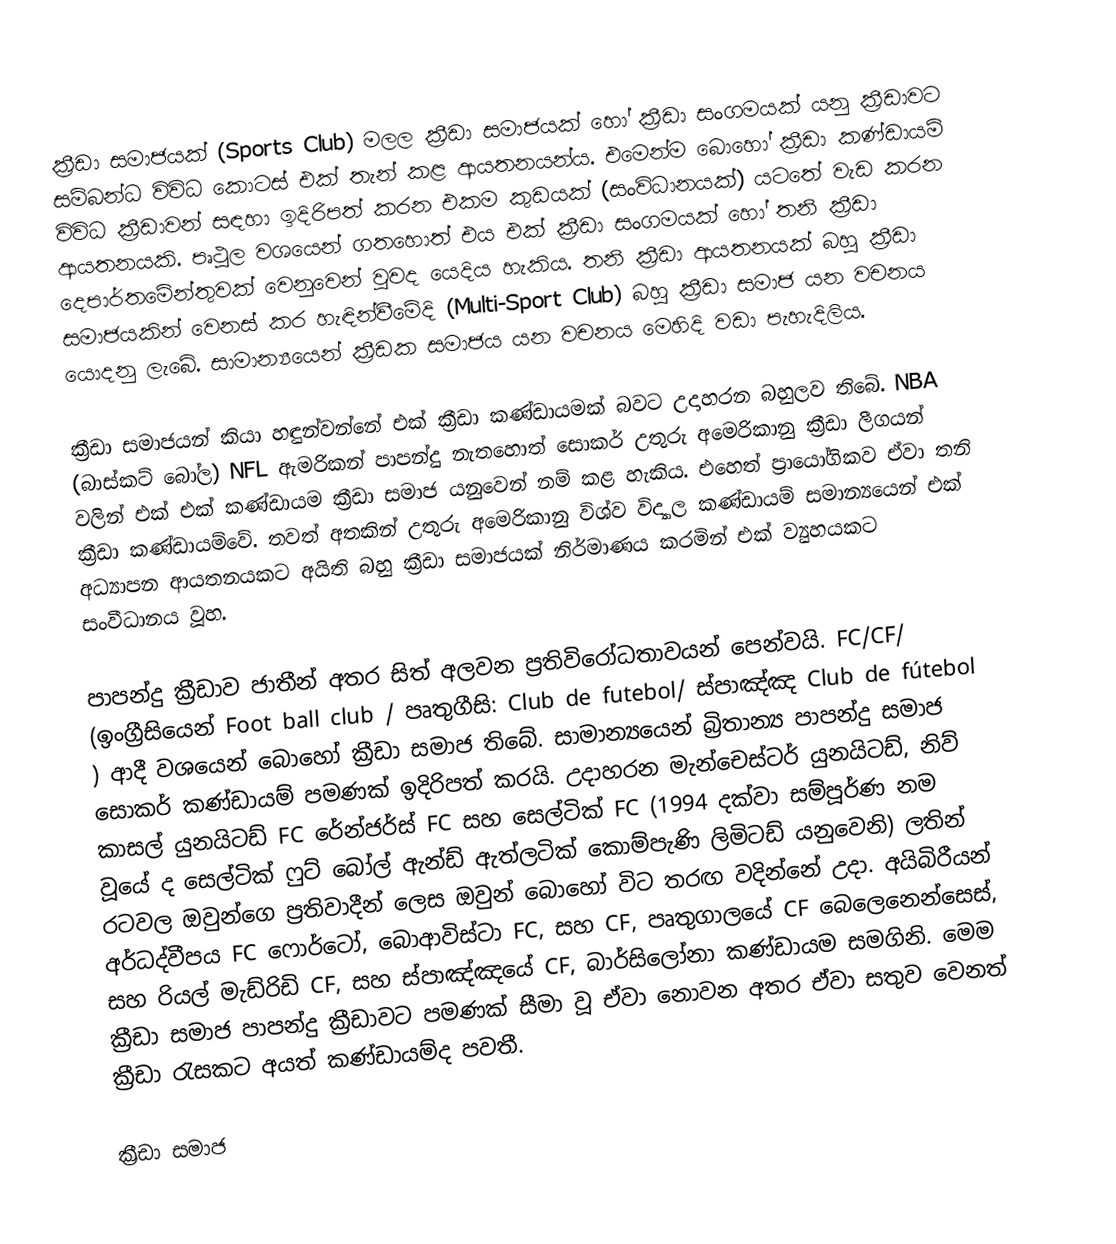
ක්‍රීඩා සමාජයක් (Sports Club) මලල ක්‍රීඩා සමාජයක් හෝ ක්‍රීඩා සංගමයක් යනු ක්‍රීඩාවට සම්බන්ධ විවිධ කොටස් එක් තැන් කළ ආයතනයන්ය. එමෙන්ම බොහෝ ක්‍රීඩා කණ්ඩායම් විවිධ ක්‍රීඩාවන් සඳහා ඉදිරිපත් කරන එකම කුඩයක් (සංවිධානයක්) යටතේ වැඩ කරන ආයතනයකි. පෘථුල වශයෙන් ගතහොත් එය එක් ක්‍රීඩා සංගමයක් හෝ තනි ක්‍රීඩා දෙපාර්තමේන්තුවක් වෙනුවෙන් වුවද යෙදිය හැකිය. තනි ක්‍රීඩා ආයතනයක් බහු ක්‍රීඩා සමාජයකින් වෙනස් කර හැඳින්වීමේදි (Multi-Sport Club) බහු ක්‍රීඩා සමාජ යන වචනය යොදනු ලැබේ. සාමාන්‍යයෙන් ක්‍රීඩක සමාජය යන වචනය මෙහිදි වඩා පැහැදිලිය.

ක්‍රීඩා සමාජයන් කියා හඳුන්වන්නේ එක් ක්‍රීඩා කණ්ඩායමක් බවට උදාහරන බහුලව තිබේ. NBA (බාස්කට් බෝල) NFL ඇමරිකන් පාපන්දු නැතහොත් සොකර් උතුරු අමෙරිකානු ක්‍රීඩා ලීගයන් වලින් එක් එක් කණ්ඩායම ක්‍රීඩා සමාජ යනුවෙන් නම් කළ හැකිය. එහෙත් ප්‍රායෝගිකව ඒවා තනි ක්‍රීඩා කණ්ඩායම්වේ. තවත් අතකින් උතුරු අමෙරිකානු විශ්ව විද්‍යාල කණ්ඩායම් සමාන්‍යයෙන් එක් අධ්‍යාපන ආයතනයකට අයිති බහු ක්‍රීඩා සමාජයක් නිර්මාණය කරමින් එක් ව්‍යුහයකට සංවීධානය වූහ.

පාපන්දු ක්‍රීඩාව ජාතීන් අතර  සිත් අලවන ප්‍රතිවිරෝධතාවයන් පෙන්වයි. FC/CF/ (ඉංග්‍රීසියෙන්  Foot ball club / පෘතුගීසි: Club de futebol/ ස්පාඤ්ඤ Club de fútebol ) ආදී වශයෙන් බොහෝ ක්‍රීඩා සමාජ තිබේ. සාමාන්‍යයෙන් බ්‍රිතාන්‍ය පාපන්දු සමාජ සොකර් කණ්ඩායම් පමණක් ඉදිරිපත් කරයි. උදාහරන මැන්චෙස්ටර් යුනයිටඩ්, නිව් කාසල් යුනයිටඩ් FC රේන්ජර්ස් FC සහ සෙල්ටික් FC (1994 දක්වා සම්පූර්ණ නම වූයේ ද සෙල්ටික් ෆුට් බෝල් ඇන්ඩ් ඇත්ලටික් කොම්පැණි ලිමිටඩ් යනුවෙනි) ලතින් රටවල ඔවුන්ගෙ ප්‍රතිවාදීන් ලෙස ඔවුන් බොහෝ විට තරඟ වදින්නේ උදා. අයිබිරීයන් අර්ධද්වීපය FC ෆොර්ටෝ, බොආවිස්ටා FC, සහ CF, පෘතුගාලයේ CF බෙලෙනෙන්සෙස්, සහ රියල් මැඩ්රිඩි  CF, සහ ස්පාඤ්ඤයේ  CF, බාර්සිලෝනා කණ්ඩායම සමගිනි. මෙම ක්‍රීඩා සමාජ පාපන්දු ක්‍රීඩාවට පමණක් සීමා වූ ඒවා නොවන අතර ඒවා සතුව වෙනත් ක්‍රීඩා රැසකට අයත් කණ්ඩායම්ද පවතී.

ක්‍රීඩා සමාජ